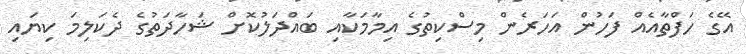
އޭގެ ހަފްތާއެއް ފަހުން އަހަރެން މިސްކިތުގެ އިމާމަކާއި ބައްދަލުކޮށް ޝަހާދަތުގެ ދެކަލިމަ ކިޔައި